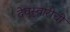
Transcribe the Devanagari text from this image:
देवस्वारीची